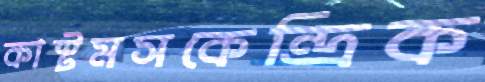
কাস্টমসকেন্দ্রিক